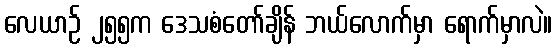
လေယာဉ် ၂၅၅က ဒေသစံတော်ချိန် ဘယ်လောက်မှာ ရောက်မှာလဲ။